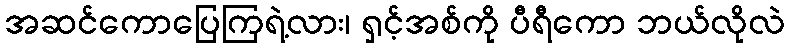
အဆင်ကောပြေကြရဲ့လား၊ ရှင့်အစ်ကို ပီရီကော ဘယ်လိုလဲ